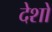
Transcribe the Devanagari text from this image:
देशों